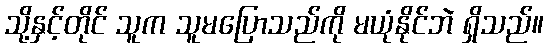
သို့နှင့်တိုင် သူက သူမပြောသည်ကို မယုံနိုင်ဘဲ ရှိသည်။